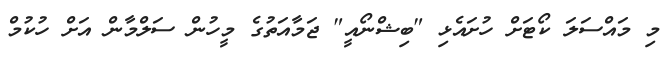
މި މައްސަލަ ކޯޓަށް ހުށައެޅި "ބިޝްނޯއީ" ޖަމާއަތުގެ މީހުން ސަލްމާން އަށް ހުކުމް